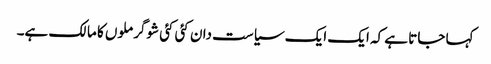
کہا جاتا ہے کہ ایک ایک سیاست دان کئی کئی شوگر ملوں کا مالک ہے۔